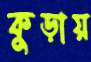
কুড়ায়